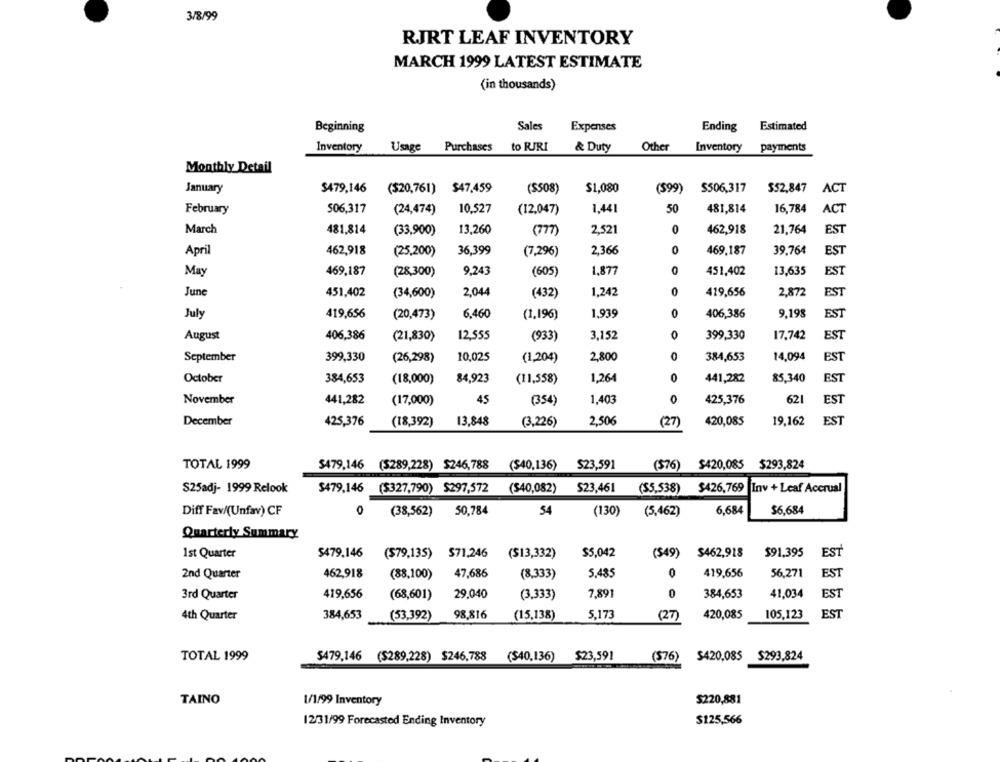
3/8/99
RJRT LEAF INVENTORY
MARCH 1999 LATEST ESTIMATE
(in thousands)
Beginning
Sales
Expenses
Ending
Estimated
to RJRI
Inventory
Usage Purchases
& Duty
Other
Inventory
payments
Monthly Detail
January
$479,146 ($20,761) $47,459
($508)
$1,080
($99)
$506,317
$52,847 ACT
February
506,317
(24,474)
10,527
(12,047)
1,441
50
481,814
16,784
ACT
481,814
0
462,918
21.764
March
(33,900)
13,260
(777)
2,521
EST
April
462,918
(25,200)
36.399
(7,296)
2,366
0
469,187
39.764
EST
May
469,187
(28,300)
9,243
(605)
1,877
0
451,402
13,635
EST
0
June
451,402
(34,600)
2,044
(432
1,242
419,656
2,872
EST
0
9,198
July
419,656
(20,473)
6,460
(1,196)
1,939
406,386
EST
August
406,386
12,555
3,152
0
399,330
17.742
EST
(21,830)
(933)
September
399,330
(26,298)
10,025
(1,204)
2,800
384,653
14,094
EST
October
384,653
(18,000)
84,923
(11,558)
1,264
0
441,282
85,340
EST
November
441,282
(17,000)
45
(354)
1,403
0
425,376
621
EST
December
425,376
(18,392)
13,848
(3,226)
2,506
(27)
420,085
19,162
EST
TOTAL 1999
$479,146 ($289,228) $246,788
($40,136)
$23,591
($76)
$293,824
$420,085
S25adj- 1999 Relook
$479,146 ($327,790) $297,572
($40,082)
$23,461
($5,538)
$426,769 Inv + Leaf Accrual
0
50,784
54
6.684
$6,684
Diff Fav/(Unfav) CF
(38,562)
(130)
(5,462)
Quarterly Summary
1st Quarter
$479.146
($79,135) $71,246
($13,332)
$5,042
($49) $462,918
$91,395
EST
EST
2nd Quarter
462,918
(88,100)
47,686
(8,333)
5.485
0
419,656
56,271
419,656
29.040
7,891
0
384,653
41,034
EST
3rd Quarter
(68,601)
(3,333)
4th Quarter
384,653
(53,392)
98,816
(15,138)
5,173
(27)
420,085
105,123
EST
$420,085 $293,824
TOTAL 1999
S479,146 ($289,228) $246,788
($40,136) $23,591
(576)
TAINO
1/1/99 Inventory
$220,881
12/31/99 Forecasted Ending Inventory
$125,566